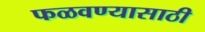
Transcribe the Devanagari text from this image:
फळवण्यासाठी